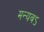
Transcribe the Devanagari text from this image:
मन्यवऽ